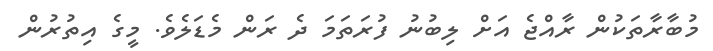
މުބާރާތަކުން ރާއްޖެ އަށް ލިބުނު ފުރަތަމަ ދެ ރަން މެޑަލެވެ. މީގެ އިތުރުން